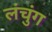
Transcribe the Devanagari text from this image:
लंचुंग